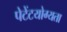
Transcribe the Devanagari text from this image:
पेटेंटयोग्यता